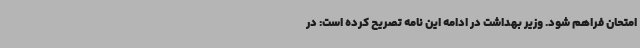
امتحان فراهم شود. وزیر بهداشت در ادامه این نامه تصریح کرده است: در